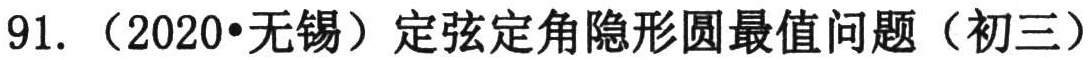
91.（2020•无锡）定弦定角隐形圆最值问题（初三）